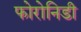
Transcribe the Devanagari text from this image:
फोरोनिडी